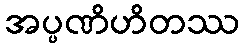
အပ္ပဏိဟိတဿ